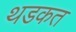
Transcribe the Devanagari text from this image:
थडकत